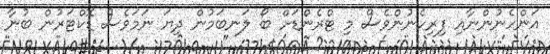
އަންހެނުންނާއި ފިރިހެނުންވެސް މި ޓްރެންޑަށް ބޯ ލަނބަމުން ދިޔަ ނަމަވެސް ޑޮކްޓަރުން ބުނާ